Report on sanitation, dispensaries, and jails in Rajputana for 1913, and on vaccination for the year 1913-1914 - 1913-1914
Year: 1913
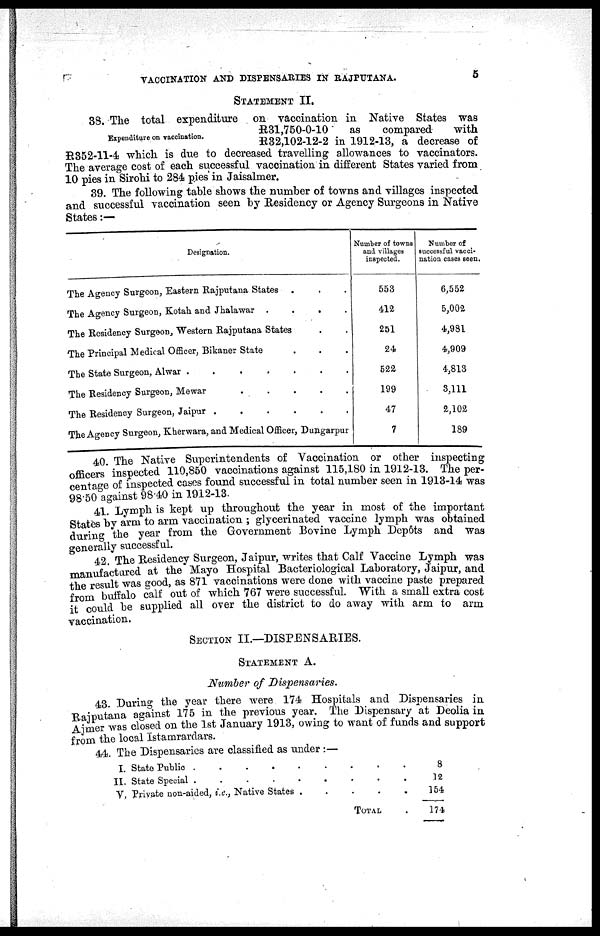
VACCINATION AND DISPENSARIES IN RAJPUTANA.
5
STATEMENT II.
Expenditure on vaccination.
38. The total expenditure on vaccination in Native States was
R31,750-0-10
as
compared
with
R32,102-12-2 in 1912-13, a decrease of
R352-11-4 which is due to decreased travelling allowances to vaccinators.
The average cost of each successful vaccination in different States varied from
10 pies in Sirohi to 284 pies in Jaisalmer.
39. The following table shows the number of towns and villages inspected
and successful vaccination seen by Residency or Agency Surgeons in Native
States:—
Designation.
The Agency Surgeon, Eastern Rajputana States . . .
The Agency Surgeon, Kotah and Jhalawar
.
.
.
.
The Residency Surgeon, Western Rajputana States . .
The Principal Medical Officer, Bikaner State . . . . .
The State Surgeon, Alwar . . . . . .
The Residency Surgeon, Mewar . . . . . .
The Residency Surgeon, Jaipur
.
.
.
.
.
The Agency Surgeon, Kherwara, and Medical Officer, Dungarpur
Number of towns
and villages
inspected.
553
412
251
24
522
199
47
7
Number of
successful vacci-
nation cases seen.
6,552
5,002
4,981
4,909
4,813
3,111
2,102
189
40. The Native Superintendents of Vaccination or other inspecting
officers inspected 110,850 vaccinations against 115,180 in 1912-13. The per-
centage of inspected cases found successful in total number seen in 1913-14 was
98.50 against 98.40 in 1912-13.
41. Lymph is kept up throughout the year in most of the important
States by arm to arm vaccination ; glycerinated vaccine lymph was obtained
during the year from the Government Bovine Lymph Depôts and was
generally successful.
42. The Residency Surgeon, Jaipur, writes that Calf Vaccine Lymph was
manufactured at the Mayo Hospital Bacteriological Laboratory, Jaipur, and
the result was good, as 871 vaccinations were done with vaccine paste prepared
from buffalo calf out of which 767 were successful. With a small extra cost
it could be supplied all over the district to do away with arm to arm
vaccination.
SECTION II.—DISPENSARIES.
STATEMENT A.
Number of Dispensaries.
43. During the year there were 174 Hospitals and Dispensaries in
Rajputana against 175 in the previous year. The Dispensary at Deolia in
Ajmer was closed on the 1st January 1913, owing to want of funds and support
from the local Istamrardars.
44. The Dispensaries are classified as under :—
I.
II.
V.
State Public
.
.
.
.
.
.
.
State Special
.
.
.
. . . .
Private non-aided, i.e., Native States .
.
. .
TOTAL .
8
12
154
174